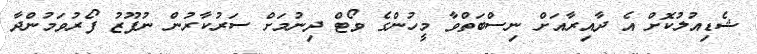
ޝެޑިއުލުކޮށް އެ ދާއިރާއަށް ނިސްބަތްވާ މީހުންގެ ވޯޓް ދިނުމަށް ސަރުކާރުން ނުފޫޒު ފޯރުވަމުންދާ